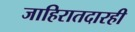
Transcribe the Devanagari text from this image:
जाहिरातदारही